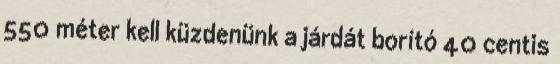
550 méter kell küzdenünk a járdát borító 40 centis